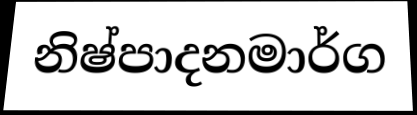
නිෂ්පාදනමාර්ග